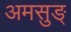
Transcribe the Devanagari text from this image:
अमसुङ्